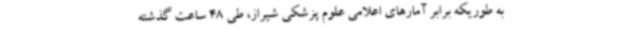
به طوریکه برابر آمارهای اعلامی علوم پزشکی شیراز، طی 48 ساعت گذشته